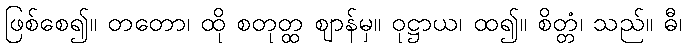
ဖြစ်စေ၍။ တတော၊ ထို စတုတ္ထ ဈာန်မှ။ ဝုဋ္ဌာယ၊ ထ၍။ စိတ္တံ၊ သည်။ ဓီ၊